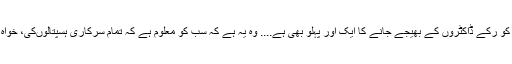
فوجی اور سویلین ”قبائل“ کے اس باہمی خرخشے کے باوصف سویلین ہسپتالوں میں آرمی میڈیکل کو رکے ڈاکٹروں کے بھیجے جانے کا ایک اور پہلو بھی ہے.... وہ یہ ہے کہ سب کو معلوم ہے کہ تمام سرکاری ہسپتالوںکی، خواہ وہ ملٹری کے ہوں یا سول حکومت کے، ایک منظور شدہ ”فہرستِ عملہ و سازوسامان“ ہوتی ہے۔